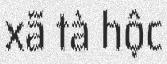
xã tà hộc